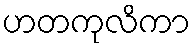
ဟတကုလိကာ